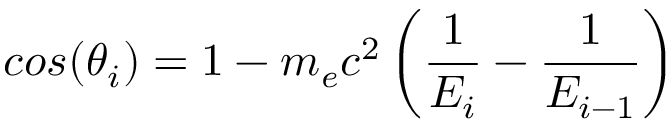
c o s ( \theta _ { i } ) = 1 - m _ { e } c ^ { 2 } \left( \frac { 1 } { E _ { i } } - \frac { 1 } { E _ { i - 1 } } \right)